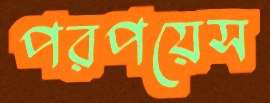
পরপয়েস